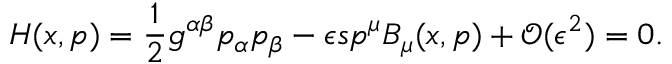
H ( x , p ) = \frac { 1 } { 2 } g ^ { \alpha \beta } p _ { \alpha } p _ { \beta } - \epsilon s p ^ { \mu } B _ { \mu } ( x , p ) + \mathcal { O } ( \epsilon ^ { 2 } ) = 0 .